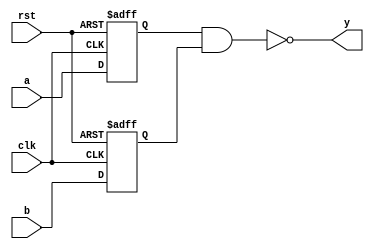
module nand_gate_delay (
    input wire a,
    input wire b,
    output reg y,
    input wire clk,
    input wire rst
);

reg a_sync, b_sync;

always @(posedge clk or posedge rst) begin
    if (rst) begin
        a_sync <= 1'b0;
        b_sync <= 1'b0;
    end else begin
        a_sync <= a;
        b_sync <= b;
    end
end

always @ (*) begin
    y = !(a_sync & b_sync);
end

endmodule